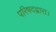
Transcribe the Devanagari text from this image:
परिषदद्वारा।